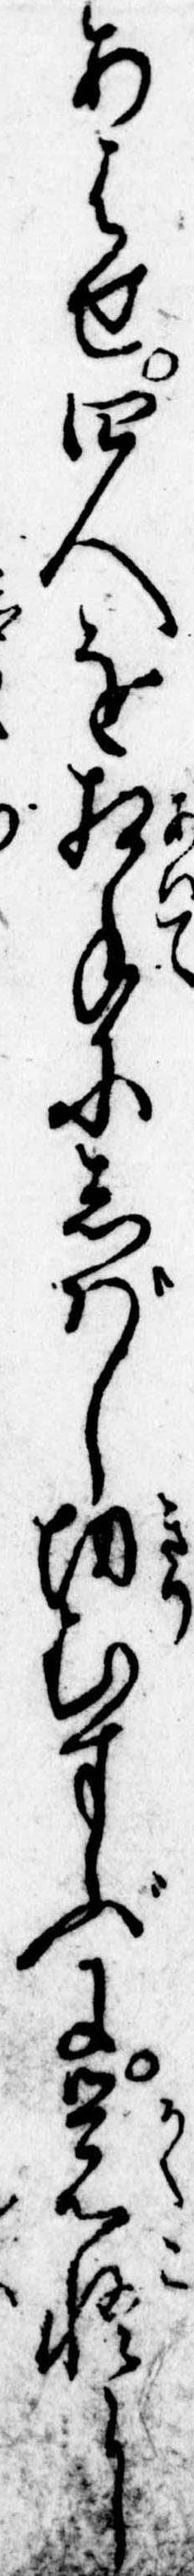
あはせ四人を相手にしばし切むすぶに覚悟に